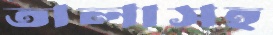
তালাসহ